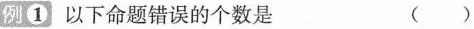
例①以下命题错误的个数是 ( )